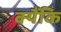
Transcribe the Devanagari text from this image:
क्यैंकि